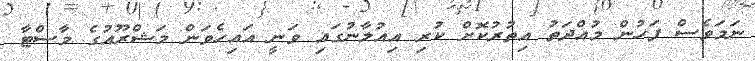
ނަމަވެސް ފަހުން މުއްދަތު އިތުރުކޮށް ކުރި އިއުލާނުގައި ވަނީ އައިހެވަން މަޝްރޫއުގެ މާސްޓާ